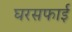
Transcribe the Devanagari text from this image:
घरसफाई